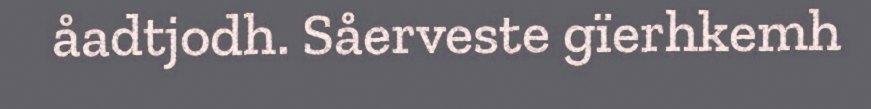
åadtjodh. Såerveste gïerhkemh